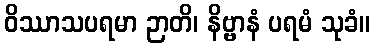
ဝိဿာသပရမာ ဉာတိ၊ နိဗ္ဗာနံ ပရမံ သုခံ။